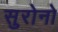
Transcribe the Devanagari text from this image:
सुरोनो